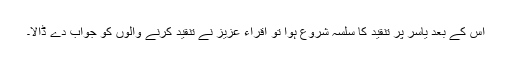
اس کے بعد یاسر پر تنقید کا سلسہ شروع ہوا تو اقراء عزیز نے تنقید کرنے والوں کو جواب دے ڈالا۔